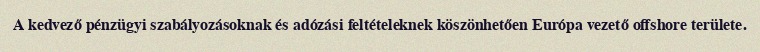
A kedvező pénzügyi szabályozásoknak és adózási feltételeknek köszönhetően Európa vezető offshore területe.